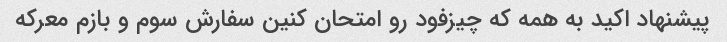
پیشنهاد اکید به همه که چیزفود رو امتحان کنین سفارش سوم و بازم معرکه